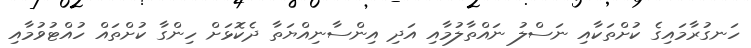
ހަނގުރާމައިގެ ކުށްތަކާއި ނަސްލު ނައްތާލުމާއި އަދި އިންސާނިއްޔަތާ ދެކޮޅަށް ހިންގާ ކުށްތައް ހުއްޓުވުމާއި